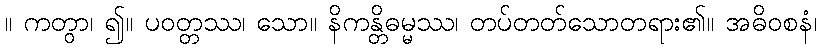
။ ကတွာ၊ ၍။ ပဝတ္တဿ၊ သော။ နိကန္တိဓမ္မဿ၊ တပ်တတ်သောတရား၏။ အဓိဝစနံ၊